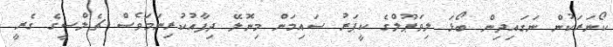
ކޯނަރަކުން ނަގައިދިން ބޯޅަ ލިވަޕޫލްގެ ކީޕަރު ސައިމަން މިނޮލޭ ދިފާއުކުރިނަމަވެސް ޗެލްސީގެ ގެރީ